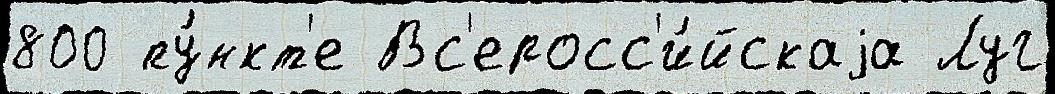
800 пу́нкт'е Вс'еросс'и́йскаjа Луг